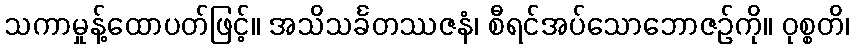
သကာမှုန့်ထောပတ်ဖြင့်။ အသိသင်္ခတဿဇနံ၊ စီရင်အပ်သောဘောဇဉ်ကို။ ဝုစ္စတိ၊